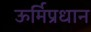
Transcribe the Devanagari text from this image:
ऊर्मिप्रधान